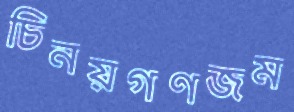
চিনয়গণজম